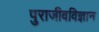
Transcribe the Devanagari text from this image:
पुराजीवविज्ञान